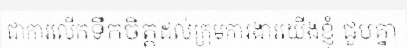
ជាការលើកទឹកចិត្តដល់ក្រុមការងារយើងខ្ញុំ ជួបគ្នា